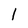
Character: 1